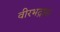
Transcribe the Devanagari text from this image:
वीरभद्रास